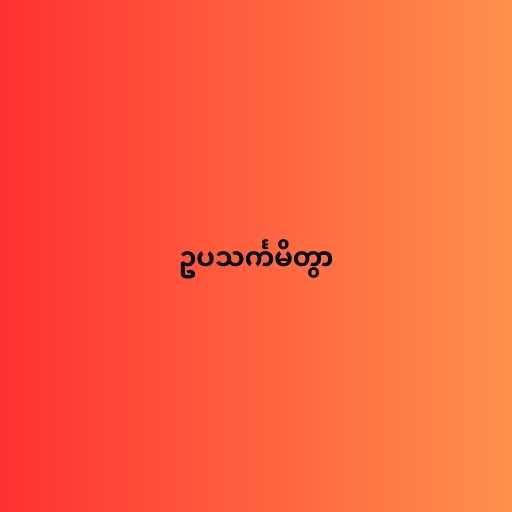
ဥပသင်္ကမိတွာ